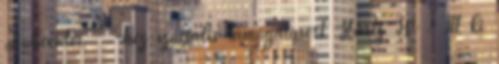
Jobcenter""" -hez szociális támogatásért Hartz IV . Itt ki